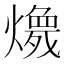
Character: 𱬚